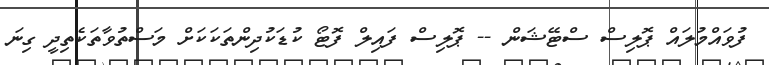
ފުވައްމުލައް ޕޮލިސް ސްޓޭޝަން -- ޕޮލިސް ފައިލް ފޮޓޯ ކުޑަކުދިންތަކަކަށް މަސްތުވާތަކެތިދީ ގިނަ